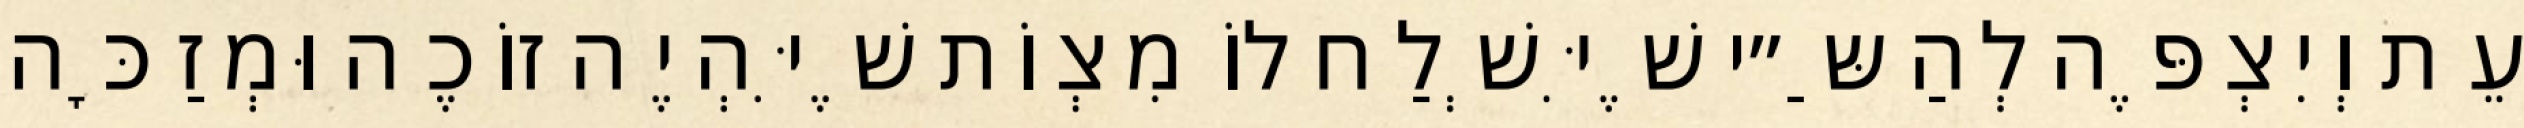
עֵת וְיִצְפֶּה לְהַשַּ״י שֶׁיִּשְׁלַח לוֹ מִצְוֹת שֶׁיִּהְיֶה זוֹכֶה וּמְזַכָּה